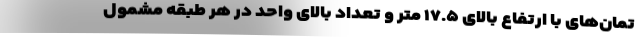
تمان‌های با ارتفاع بالای ۱۷.۵ متر و تعداد بالای واحد در هر طبقه مشمول